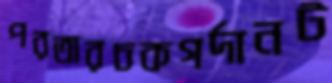
পরতারচকগর্দানট